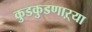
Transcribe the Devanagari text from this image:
कुडकुडणाऱ्या